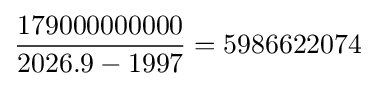
{\frac {179000000000}{2026.9-1997}}=5986622074